Report on the working of the Ranchi Indian Mental Hospital, Kanke, in Bihar and Orissa - 1930-1940
Year: 1930
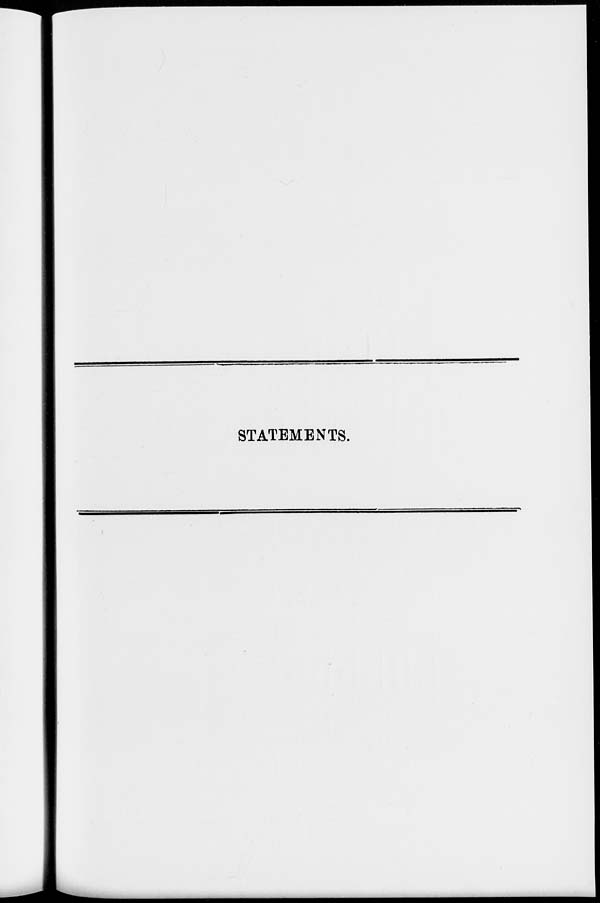
STATEMENTS.